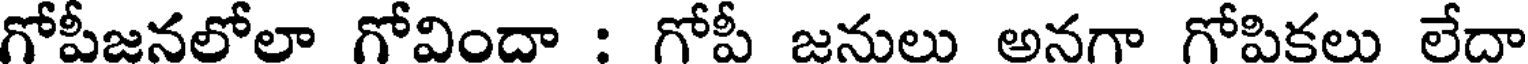
గోపీజనలోలా గోవిందా : గోపీ జనులు అనగా గోపికలు లేదా